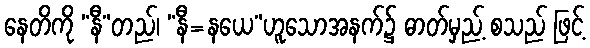
နေတိကို “နီ”တည်၊ “နီ=နယေ”ဟူသောအနက်၌ ဓာတ်မှည့် စသည် ဖြင့်